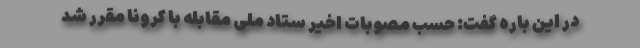
در این باره گفت: حسب مصوبات اخیر ستاد ملی مقابله با کرونا مقرر شد